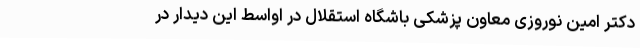
دکتر امین نوروزی معاون پزشکی باشگاه استقلال در اواسط این دیدار در